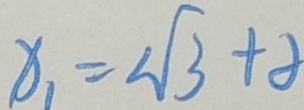
x _ { 1 } = 2 \sqrt { 3 } + 8